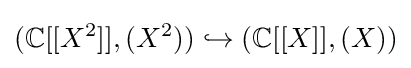
(\mathbb {C} [[X^{2}]],(X^{2}))\hookrightarrow (\mathbb {C} [[X]],(X))